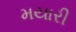
મયારી